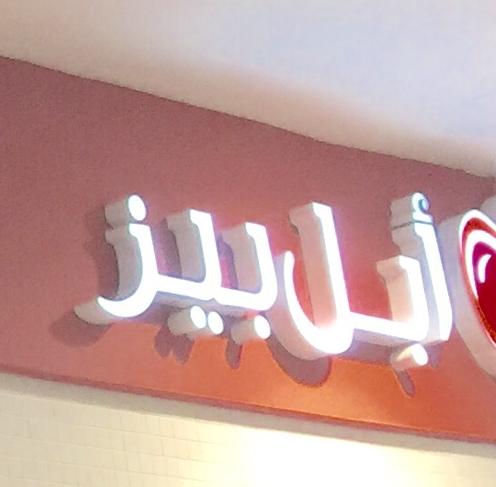
أبلبيز